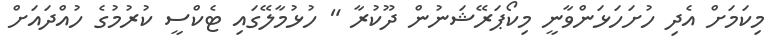
މިކަމަށް އެދި ހުށަހަޅަންވާނީ މިކޯޕަރޭޝަނުން ދޫކުރާ " ހުޅުމާލޭގައި ޓެކްސީ ކުރުމުގެ ހުއްދައަށް